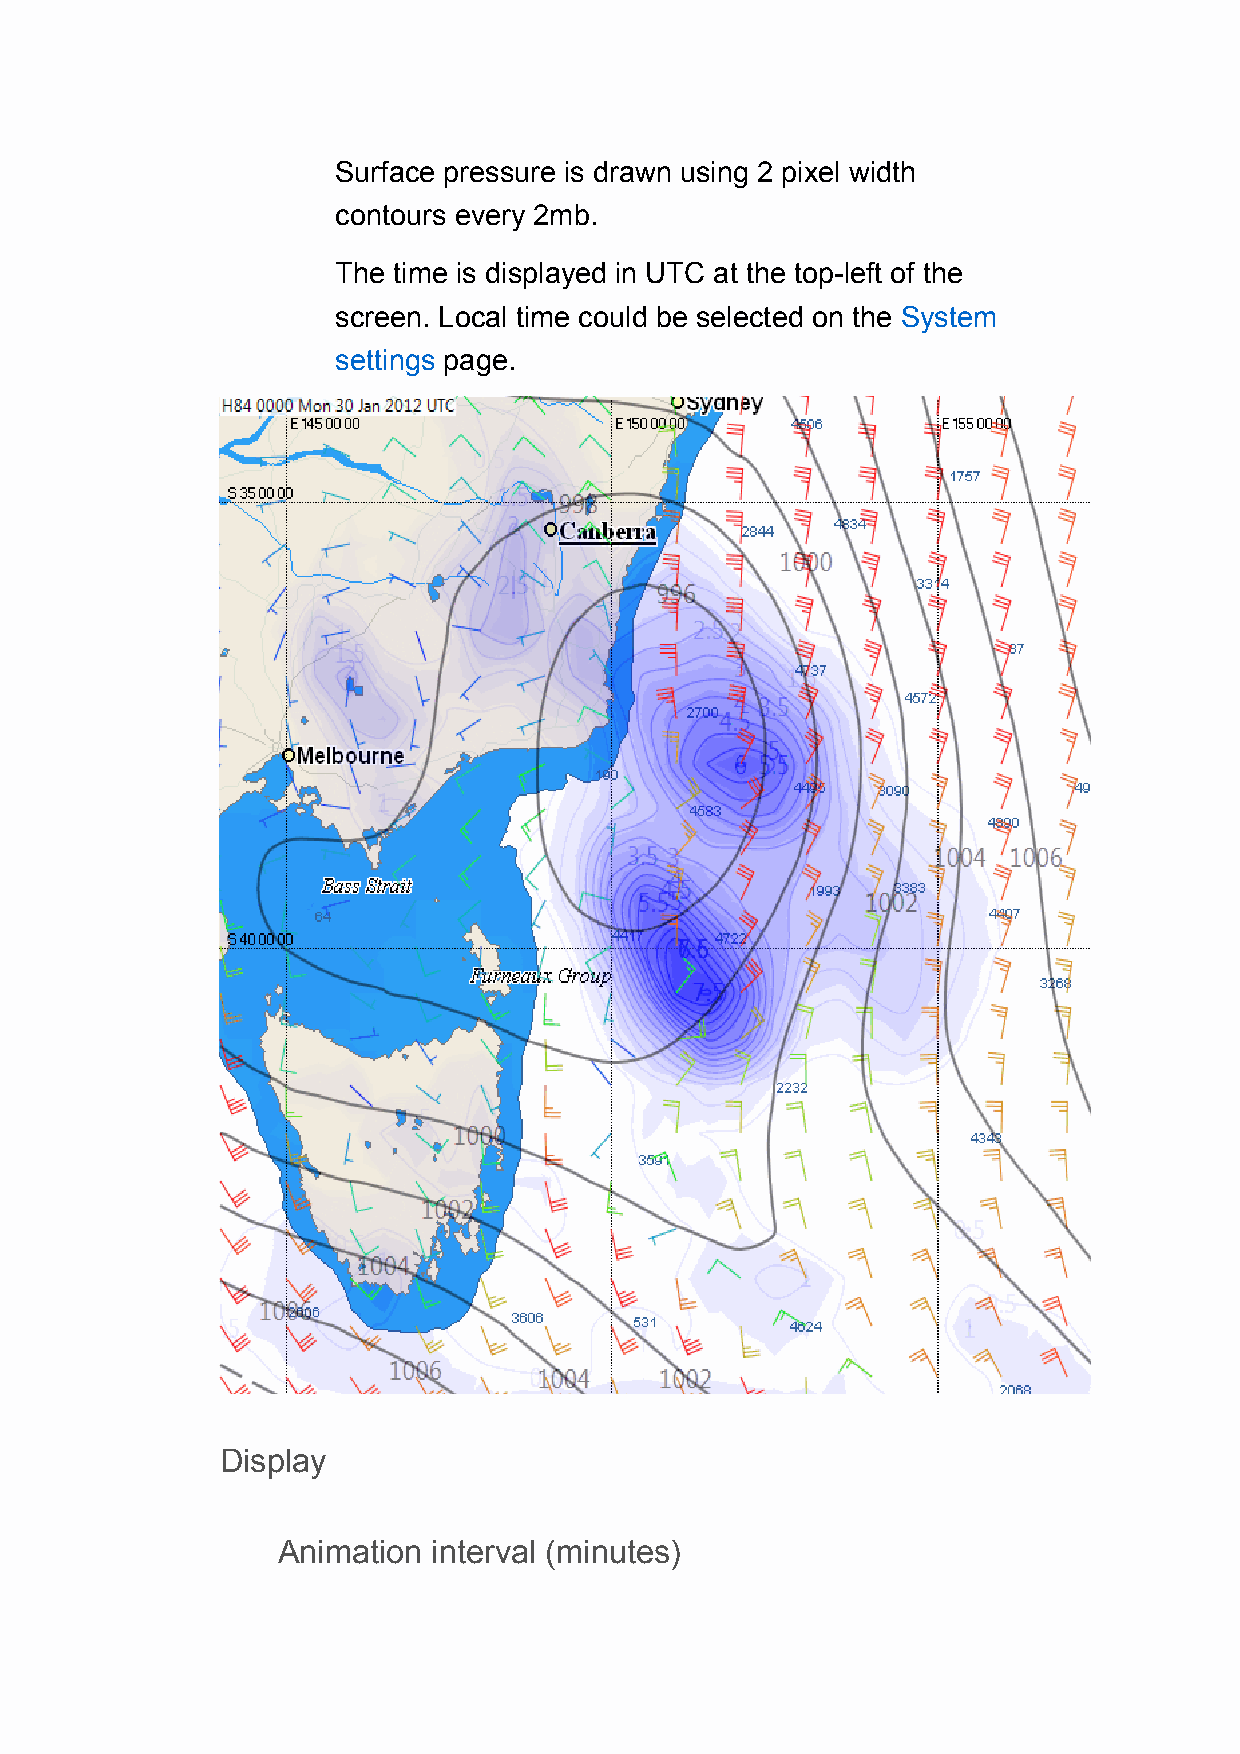
Surface pressure is drawn using 2 pixel width
 contours every 2mb.
 The time is displayed in UTC at the top-left of the
 screen. Local time could be selected on the System
 settings page.
 Display
 Animation  interval (minutes)